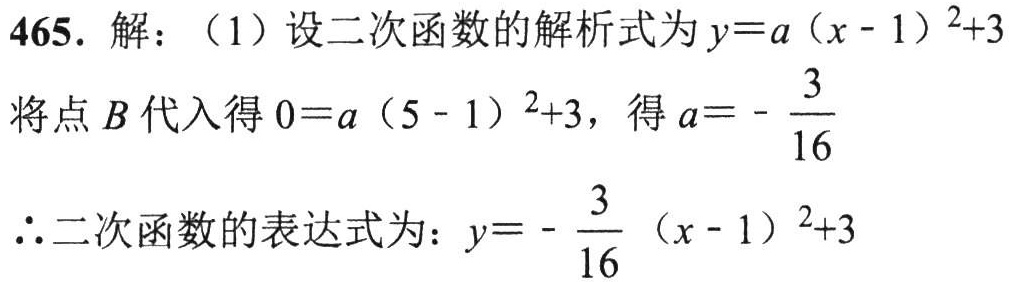
465. 解：（1）设二次函数的解析式为\(y = a(x - 1)^2 + 3\)
将点\(B\)代入得\(0 = a(5 - 1)^2 + 3\)，得\(a = -\frac{3}{16}\)
\(\therefore\)二次函数的表达式为：\(y = -\frac{3}{16}(x - 1)^2 + 3\)